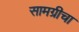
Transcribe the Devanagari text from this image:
सामग्रीचा